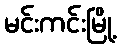
မင်းကင်းမြို့